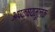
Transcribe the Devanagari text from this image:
अपक्षयमूलक